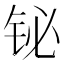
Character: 铋